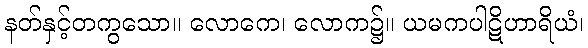
နတ်နှင့်တကွသော။ လောကေ၊ လောက၌။ ယမကပါဋိဟာရိယံ၊